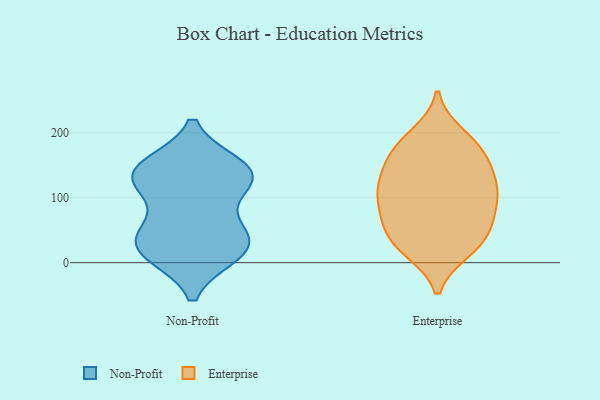
{"axis": {"x": "Operating Costs (USD K)", "y": "Value"}, "legend": ["Enterprise", "Non-Profit"], "data": [{"x": "", "y": 148, "type": "Non-Profit"}, {"x": "", "y": 53, "type": "Non-Profit"}, {"x": "", "y": 14, "type": "Non-Profit"}, {"x": "", "y": 129, "type": "Non-Profit"}, {"x": "", "y": 49, "type": "Non-Profit"}, {"x": "", "y": 119, "type": "Non-Profit"}, {"x": "", "y": 136, "type": "Non-Profit"}, {"x": "", "y": 17, "type": "Non-Profit"}, {"x": "", "y": 133, "type": "Non-Profit"}, {"x": "", "y": 144, "type": "Non-Profit"}, {"x": "", "y": 25, "type": "Non-Profit"}, {"x": "", "y": 26, "type": "Non-Profit"}, {"x": "", "y": 92, "type": "Enterprise"}, {"x": "", "y": 116, "type": "Enterprise"}, {"x": "", "y": 153, "type": "Enterprise"}, {"x": "", "y": 34, "type": "Enterprise"}, {"x": "", "y": 168, "type": "Enterprise"}, {"x": "", "y": 86, "type": "Enterprise"}, {"x": "", "y": 21, "type": "Enterprise"}, {"x": "", "y": 68, "type": "Enterprise"}, {"x": "", "y": 60, "type": "Enterprise"}, {"x": "", "y": 169, "type": "Enterprise"}, {"x": "", "y": 23, "type": "Enterprise"}, {"x": "", "y": 120, "type": "Enterprise"}, {"x": "", "y": 40, "type": "Enterprise"}, {"x": "", "y": 120, "type": "Enterprise"}, {"x": "", "y": 182, "type": "Enterprise"}, {"x": "", "y": 114, "type": "Enterprise"}, {"x": "", "y": 195, "type": "Enterprise"}]}